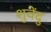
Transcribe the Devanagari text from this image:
शुवेंदु